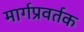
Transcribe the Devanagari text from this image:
मार्गप्रवर्तक